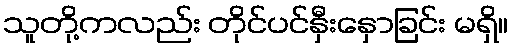
သူတို့ကလည်း တိုင်ပင်နှီးနှောခြင်း မရှိ။